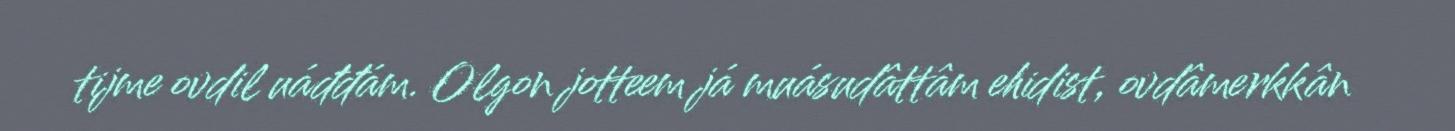
tijme ovdil uáđđám. Olgon jotteem já muásudâttâm ehidist, ovdâmerkkân